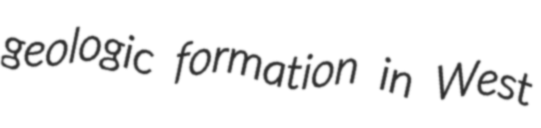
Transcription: geologic formation in West